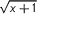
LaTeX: \sqrt { x + 1 }